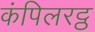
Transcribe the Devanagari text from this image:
कंपिलरट्ठ